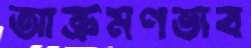
আক্রমণভাব